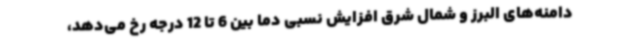
دامنه‌های البرز و شمال شرق افزایش نسبی دما بین 6 تا 12 درجه رخ می‌دهد،